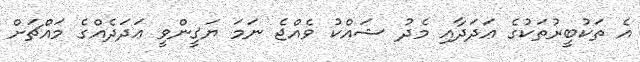
އެ ތަކުބީރުތަކުގެ ޢަދަދާއި މެދު ޝައްކު ވެއްޖެ ނަމަ ޔަޤީންވީ ޢަދަދެއްގެ މައްޗަށް